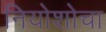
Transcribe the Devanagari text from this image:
नियोशोचा